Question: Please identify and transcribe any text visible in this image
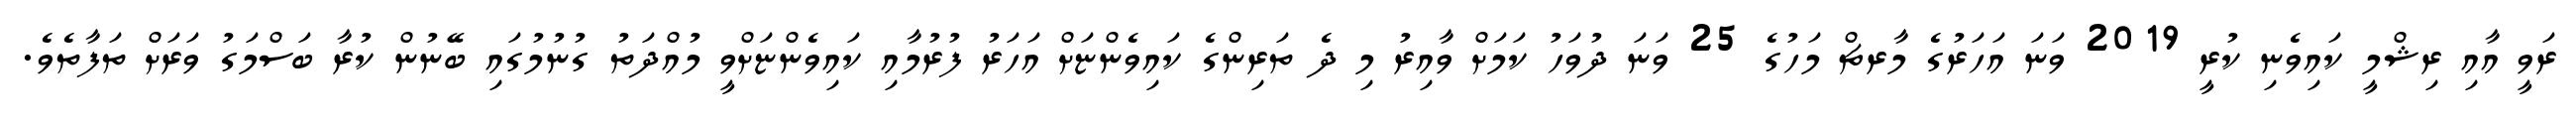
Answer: ރަވީ އާއި ރިޝްމީ ކައިވެނި ކުރީ 2019 ވަނަ އަހަރުގެ މާރޗް މަހުގެ 25 ވަނަ ދުވަހު ކަމަށް ވާއިރު މި ދެ ތަރިންގެ ކައިވެންޏަށް އަހަރު ފުރުމާއި ކައިވެންޏަށްވީ މުއްދަތު ގުނުމުގައި ބޭނުން ކުރާ ބަސްމަގު ވަރަށް ތަފާތެވެ.